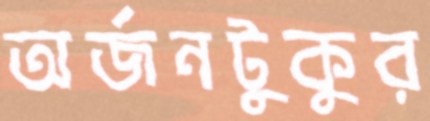
অর্জনটুকুর